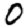
Digit: 0